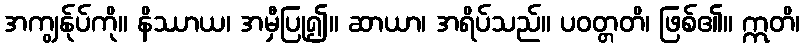
အကျွန်ုပ်ကို။ နိဿာယ၊ အမှီပြု၍။ ဆာယာ၊ အရိပ်သည်။ ပဝတ္တတိ၊ ဖြစ်၏။ ဣတိ၊